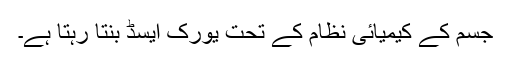
جسم کے کیمیائی نظام کے تحت یورک ایسڈ بنتا رہتا ہے۔